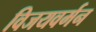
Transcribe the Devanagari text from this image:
विजयवर्मन